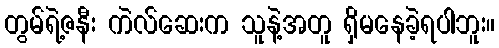
တွမ်ရဲ့ဇနီး ကဲလ်ဆေးက သူနဲ့အတူ ရှိမနေခဲ့ရပါဘူး။